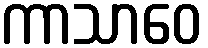
ကာသာဝေ